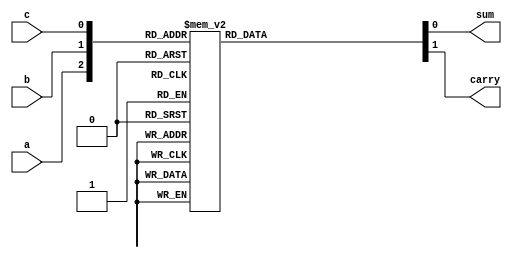

//verilog code to design full adder behavioral model

`timescale 10ns/1ns

module fs(a,b,c,sum,carry);
  
  input wire  a,b,c;
  output reg  sum,carry;
  
  always@(a,b,c)
  begin
    case({a,b,c})
      
      3'b000:begin sum = 1'b0; carry = 1'b0; end
      3'b001:begin sum = 1'b1; carry = 1'b0; end
      3'b010:begin sum = 1'b1; carry = 1'b0; end
      3'b011:begin sum = 1'b0; carry = 1'b1; end
      3'b100:begin sum = 1'b1; carry = 1'b0; end
      3'b101:begin sum = 1'b0; carry = 1'b1; end
      3'b110:begin sum = 1'b0; carry = 1'b1; end
      3'b111:begin sum = 1'b1; carry = 1'b1; end

    endcase


  end
  
endmodule